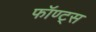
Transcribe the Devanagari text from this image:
फॉण्ट्स